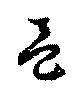
邑